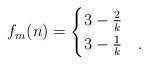
LaTeX: \begin{align*}f_m(n) =\begin{cases}3-\frac2{k} & \\3-\frac1{k} & .\end{cases}\end{align*}